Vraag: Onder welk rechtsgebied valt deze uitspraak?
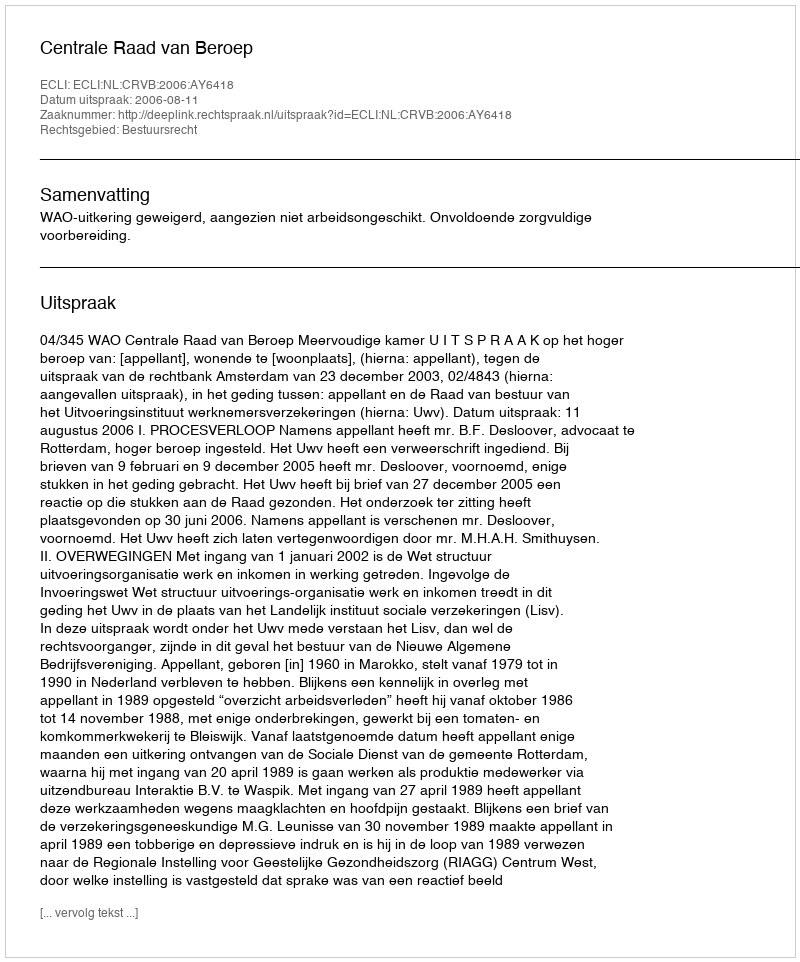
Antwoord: Bestuursrecht